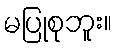
မပြုစုဘူး။